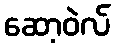
ဆော့ဝဲလ်